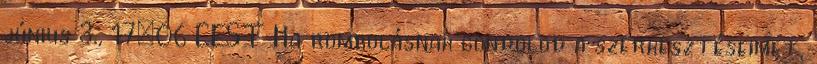
június 3., 17:06 CEST Ha rombolásnak gondolod a szerkesztéseimet,